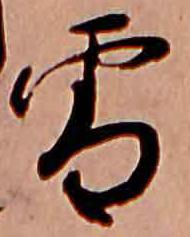
雪